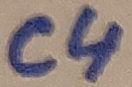
Text: C4